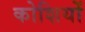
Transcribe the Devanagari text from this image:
कोशियों